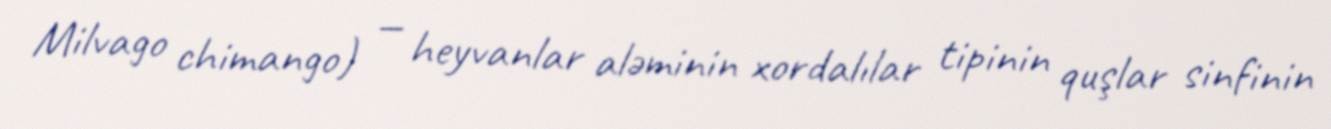
Milvago chimango) — heyvanlar aləminin xordalılar tipinin quşlar sinfinin